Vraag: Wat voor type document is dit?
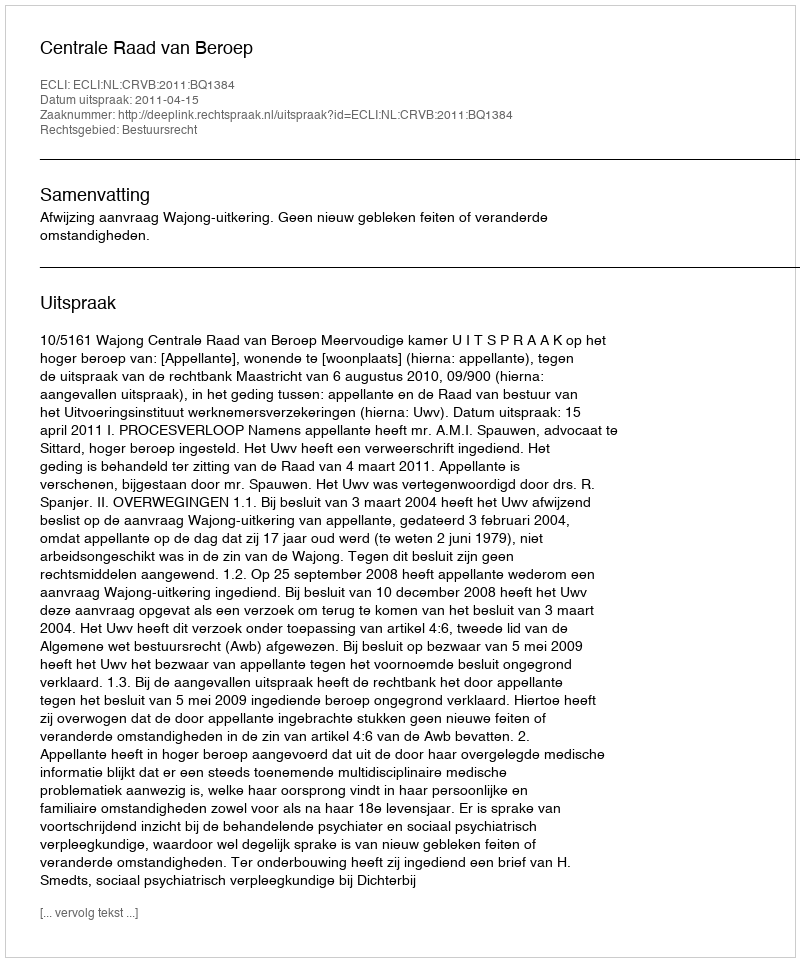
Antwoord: Uitspraak